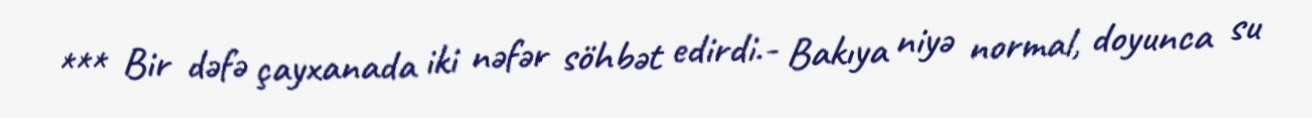
*** Bir dəfə çayxanada iki nəfər söhbət edirdi.- Bakıya niyə normal, doyunca su